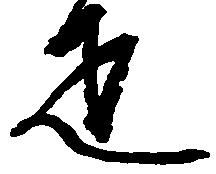
疋